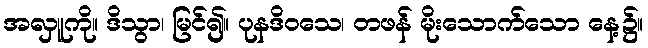
အလှူကို။ ဒိသွာ၊ မြင်၍။ ပုနဒိဝသေ၊ တဖန် မိုးသောက်သော နေ့၌။